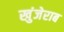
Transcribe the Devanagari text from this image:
खुंजेराब